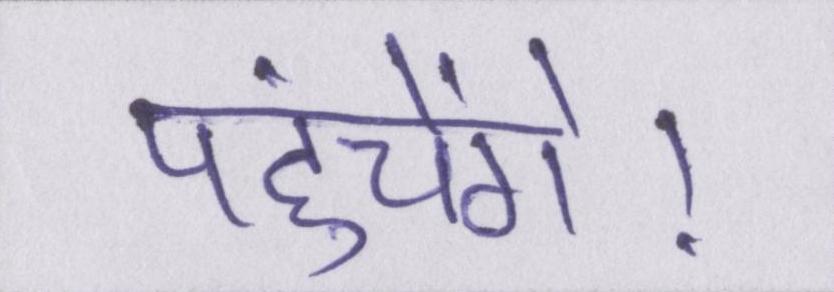
पहुंचेंगे।